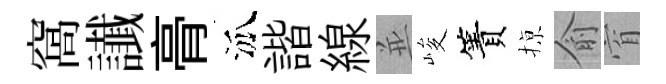
窩䜟𮌔泒諧線並峻簀𢱊俞窅